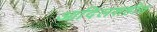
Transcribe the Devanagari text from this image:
आदिलशहीत